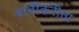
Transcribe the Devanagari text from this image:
बाबींकरीता